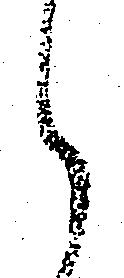
ら